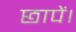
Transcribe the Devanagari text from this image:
छापें।